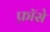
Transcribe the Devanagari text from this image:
फ़ॉसे